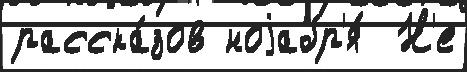
расска́зов ноjабр'я́  Н'е